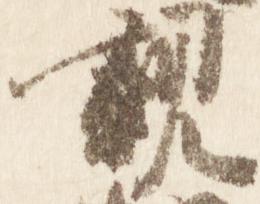
親